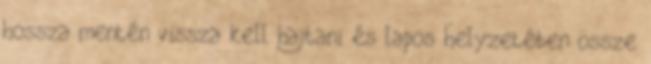
hossza mentén vissza kell hajtani és lapos helyzetében össze